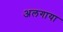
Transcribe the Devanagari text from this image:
अलगाया